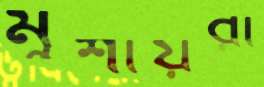
মুশায়রা